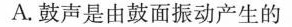
A.鼓声是由鼓面振动产生的